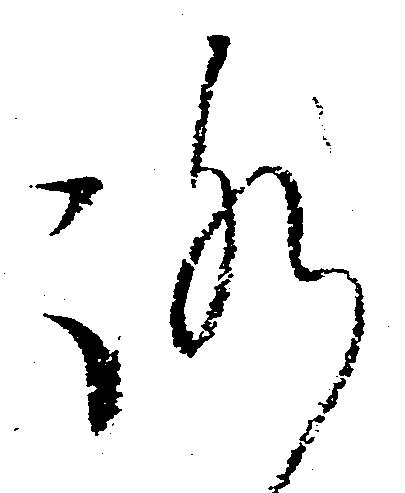
ろ